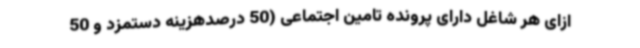
ازای هر شاغل دارای پرونده تامین اجتماعی (50 درصدهزینه دستمزد و 50